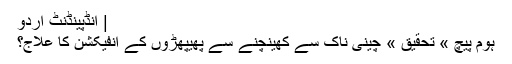
| انڈپینڈنٹ اردو
ہوم پیچ » تحقیق » چینی ناک سے کھینچنے سے پھیپھڑوں کے انفیکشن کا علاج؟